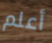
أعلم